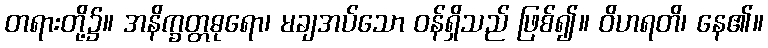
တရားတို့၌။ အနိက္ခတ္တဓုရော၊ မချအပ်သော ဝန်ရှိသည် ဖြစ်၍။ ဝိဟရတိ၊ နေ၏။